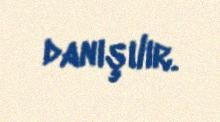
danışılır.